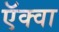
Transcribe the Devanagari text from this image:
ऍक्वा